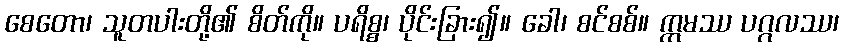
စေတော၊ သူတပါးတို့၏ စိတ်ကို။ ပရိစ္စ၊ ပိုင်းခြား၍။ ခေါ၊ စင်စစ်။ ဣမဿ ပဂ္ဂလဿ၊